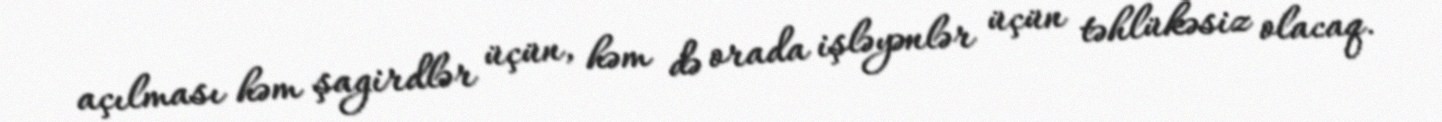
açılması həm şagirdlər üçün, həm də orada işləyənlər üçün təhlükəsiz olacaq.